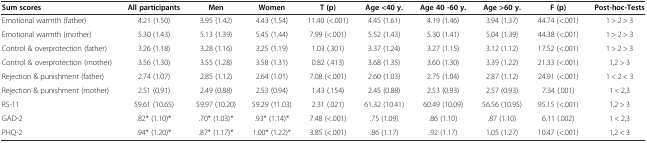
<table><thead><tr><td><b>Sum scores</b></td><td><b>All participants</b></td><td><b>Men</b></td><td><b>Women</b></td><td><b>T (p)</b></td><td><b>Age &lt;40 y.</b></td><td><b>Age 40 -60 y.</b></td><td><b>Age &gt;60 y.</b></td><td><b>F (p)</b></td><td><b>Post-hoc-Tests</b></td></tr></thead><tbody><tr><td>Emotional warmth (father)</td><td>4.21 (1.50)</td><td>3.95 (1.42)</td><td>4.43 (1.54)</td><td>11.40 (&lt;.001)</td><td>4.45 (1.61)</td><td>4.19 (1.46)</td><td>3.94 (1.37)</td><td>44.74 (&lt;.001)</td><td>1 &gt; 2 &gt; 3</td></tr><tr><td>Emotional warmth (mother)</td><td>5.30 (1.43)</td><td>5.13 (1.39)</td><td>5.45 (1.44)</td><td>7.99 (&lt;.001)</td><td>5.52 (1.43)</td><td>5.30 (1.41)</td><td>5.04 (1.39)</td><td>44.38 (&lt;.001)</td><td>1 &gt; 2 &gt; 3</td></tr><tr><td>Control &amp; overprotection (father)</td><td>3.26 (1.18)</td><td>3.28 (1.16)</td><td>3.25 (1.19)</td><td>1.03 (.301)</td><td>3.37 (1.24)</td><td>3.27 (1.15)</td><td>3.12 (1.12)</td><td>17.52 (&lt;.001)</td><td>1 &gt; 2 &gt; 3</td></tr><tr><td>Control &amp; overprotection (mother)</td><td>3.56 (1.30)</td><td>3.55 (1.28)</td><td>3.58 (1.31)</td><td>0.82 (.413)</td><td>3.68 (1.35)</td><td>3.60 (1.30)</td><td>3.39 (1.22)</td><td>21.33 (&lt;.001)</td><td>1,2 &gt; 3</td></tr><tr><td>Rejection &amp; punishment (father)</td><td>2.74 (1.07)</td><td>2.85 (1.12)</td><td>2.64 (1.01)</td><td>7.08 (&lt;.001)</td><td>2.60 (1.03)</td><td>2.75 (1.04)</td><td>2.87 (1.12)</td><td>24.91 (&lt;.001)</td><td>1 &lt; 2 &lt; 3</td></tr><tr><td>Rejection &amp; punishment (mother)</td><td>2.51 (0.91)</td><td>2.49 (0.88)</td><td>2.53 (0.94)</td><td>1.43 (.154)</td><td>2.45 (0.88)</td><td>2.53 (0.93)</td><td>2.57 (0.93)</td><td>7.34 (.001)</td><td>1 &lt; 2,3</td></tr><tr><td>RS-11</td><td>59.61 (10.65)</td><td>59.97 (10.20)</td><td>59.29 (11.03)</td><td>2.31 (.021)</td><td>61.32 (10.41)</td><td>60.49 (10.09)</td><td>56.56 (10.95)</td><td>95.15 (&lt;.001)</td><td>1,2 &gt; 3</td></tr><tr><td>GAD-2</td><td>.82* (1.10)*</td><td>.70* (1.03)*</td><td>.93* (1.14)*</td><td>7.48 (&lt;.001)</td><td>.75 (1.09)</td><td>.86 (1.10)</td><td>.87 (1.10)</td><td>6.11 (.002)</td><td>1 &lt; 2,3</td></tr><tr><td>PHQ-2</td><td>.94* (1.20)*</td><td>.87* (1.17)*</td><td>1.00* (1.22)*</td><td>3.85 (&lt;.001)</td><td>.86 (1.17)</td><td>.92 (1.17)</td><td>1.05 (1.27)</td><td>10.47 (&lt;.001)</td><td>1,2 &lt; 3</td></tr></tbody></table>